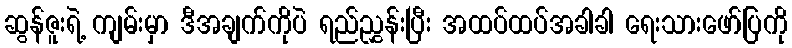
ဆွန်ဇူးရဲ့ ကျမ်းမှာ ဒီအချက်ကိုပဲ ရည်ညွှန်းပြီး အထပ်ထပ်အခါခါ ရေးသားဖော်ပြကို